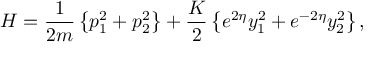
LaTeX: H = { \frac { 1 } { 2 m } } \left\{ p _ { 1 } ^ { 2 } + p _ { 2 } ^ { 2 } \right\} + { \frac { K } { 2 } } \left\{ e ^ { 2 \eta } y _ { 1 } ^ { 2 } + e ^ { - 2 \eta } y _ { 2 } ^ { 2 } \right\} ,